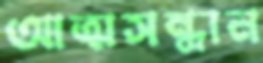
আত্মসন্ধান